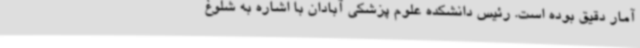
آمار دقیق بوده است. رئیس دانشکده علوم پزشکی آبادان با اشاره به شلوغ